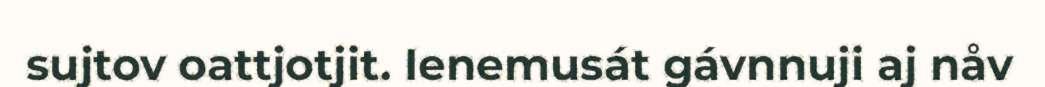
sujtov oattjotjit. Ienemusát gávnnuji aj nåv